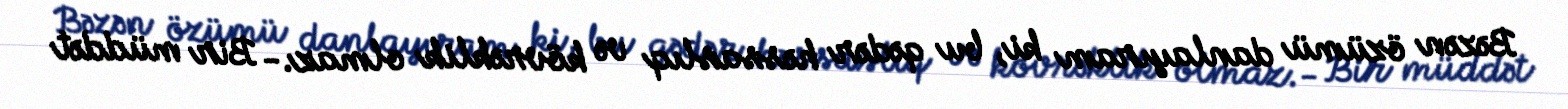
Bəzən özümü danlayıram ki, bu qədər həssaslıq və kövrəklik olmaz.- Bir müddət